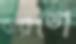
বারণে